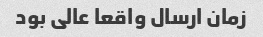
زمان ارسال واقعا عالی بود